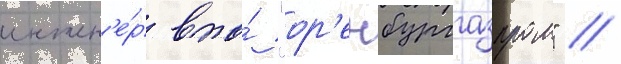
инжен'е́р впо́ "ор'енбурггазпром" //